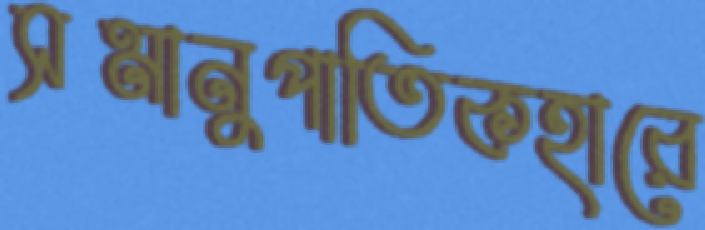
সমানুপাতিকহারে